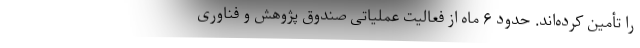
را تأمین کرده‌اند. حدود ۶ ماه از فعالیت عملیاتی صندوق پژوهش و فناوری